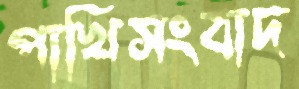
পাখিসংবাদ